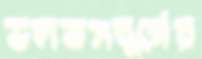
ভলভসবুর্গের